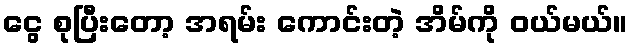
ငွေ စုပြီးတော့ အရမ်း ကောင်းတဲ့ အိမ်ကို ဝယ်မယ်။